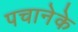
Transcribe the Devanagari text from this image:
पचानेके